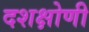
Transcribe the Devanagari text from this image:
दशक्षोणी